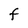
Character: f